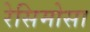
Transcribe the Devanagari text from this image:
रेसिमोसा